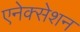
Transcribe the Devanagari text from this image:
एनेक्सेशन